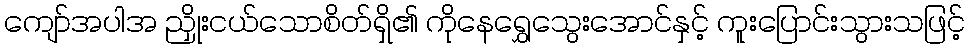
ကျော်အပါအ ညှိုးငယ်သောစိတ်ရှိ၏ ကိုနေရွှေသွေးအောင်နှင့် ကူးပြောင်းသွားသဖြင့်